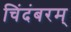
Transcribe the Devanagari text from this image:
चिंदंबरम्